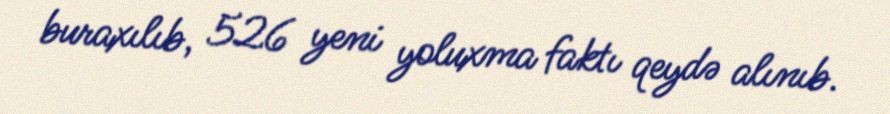
buraxılıb, 526 yeni yoluxma faktı qeydə alınıb.